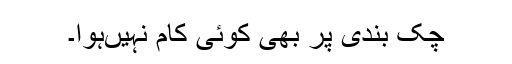
چک بندی پر بھی کوئی کام نہیںہوا۔